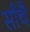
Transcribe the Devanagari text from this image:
साँचै